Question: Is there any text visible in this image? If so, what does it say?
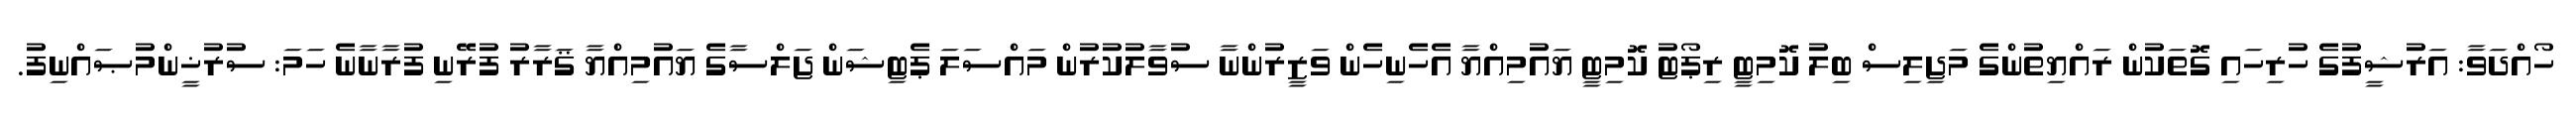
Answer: ހޯއްދަވާ: އަރުޝީފުގެ ހުރިހައި ގޮތަކުން ރައްޔިތުންގެ މަޖިލިސް ބިލު ކޮމިޓީ ރިޕޯޓު ކޮމިޓީ ޔައުމިއްޔާ އެހެނިހެން ވަޒީރުންނާ ސުވާލުކުރުން މައްސަލަ ޕެޓިޝަން ޖަލްސާގެ ޔައުމިއްޔާ ޤަރާރު ފުރޭނި ފުރާނާނެ ހަމަ: ސުރުޚީންމުޞައްނިފު.